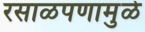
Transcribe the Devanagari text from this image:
रसाळपणामुळे